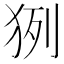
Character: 𤞊